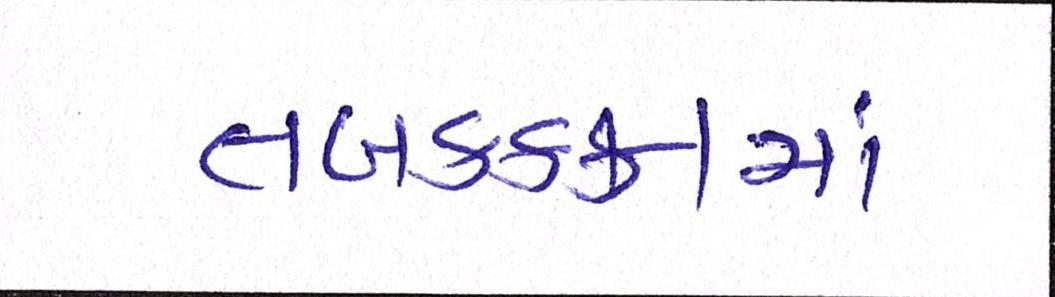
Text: તબકક્કામાં